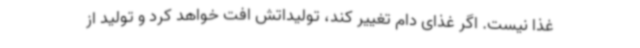
غذا نیست. اگر غذای دام تغییر کند، تولیداتش افت خواهد کرد و تولید از